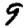
Digit: 9